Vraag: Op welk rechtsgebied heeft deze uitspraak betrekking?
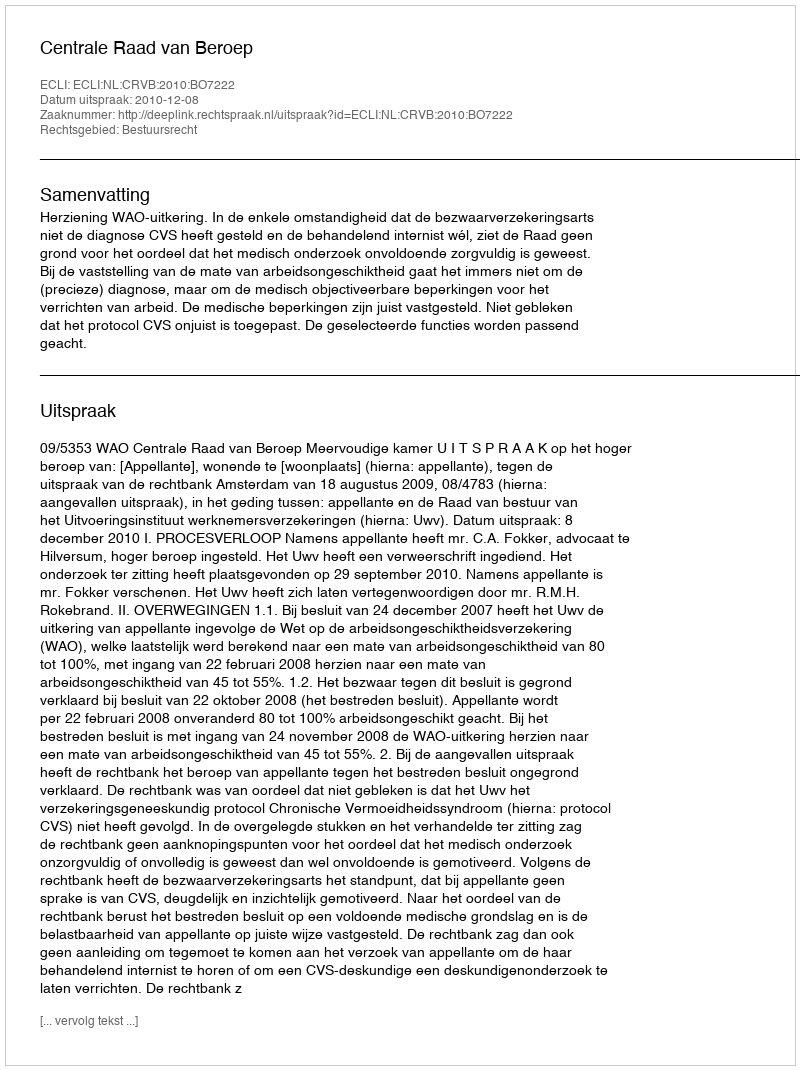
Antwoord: Bestuursrecht